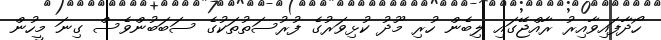
ހޯދާފައިވާއިރު ރާއްޖޭގައި ލިބެން ހުރި މޫދު ކުޅިވަރުގެ ފުރުސަތުތަކުގެ ސަބަބުންވެސް ގިނަ މީހުން